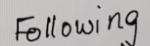
Following